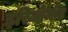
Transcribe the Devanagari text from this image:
इरियोमोट